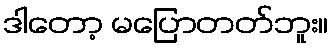
ဒါတော့ မပြောတတ်ဘူး။